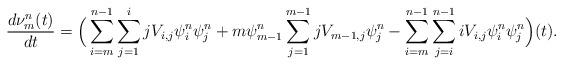
LaTeX: \begin{align*}\frac{d\nu^{n}_m(t)}{dt}=\Big(\sum_{i=m}^{n-1}\sum_{j=1}^{i}jV_{i,j}\psi^{n}_i \psi^{n}_j + m\psi^{n}_{m-1}\sum_{j=1}^{m-1}jV_{m-1,j}\psi^{n}_j - \sum_{i=m}^{n-1}\sum_{j=i}^{n-1}iV_{i,j}\psi^{n}_i\psi^{n}_j\Big)(t).\end{align*}